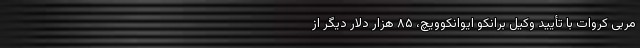
مربی کروات با تأیید وکیل برانکو ایوانکوویچ، ۸۵ هزار دلار دیگر از